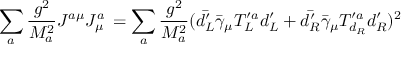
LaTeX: \sum _ { a } { \frac { g ^ { 2 } } { M _ { a } ^ { 2 } } } J ^ { a \mu } J _ { \mu } ^ { a } \, = \sum _ { a } { \frac { g ^ { 2 } } { M _ { a } ^ { 2 } } } ( \bar { d _ { L } ^ { \prime } } \bar { \gamma } _ { \mu } T _ { L } ^ { \prime a } d _ { L } ^ { \prime } + \bar { d _ { R } ^ { \prime } } \bar { \gamma } _ { \mu } T _ { d _ { R } } ^ { \prime a } d _ { R } ^ { \prime } ) ^ { 2 }